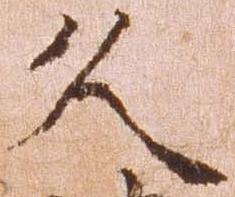
久